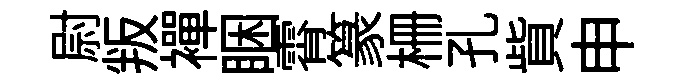
尉叛襌睏霄篆栅孔貲申